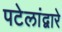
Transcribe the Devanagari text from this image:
पटेलांद्वारे